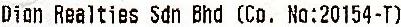
DION REALTIES SDN BHD (CO. NO:20154-T)